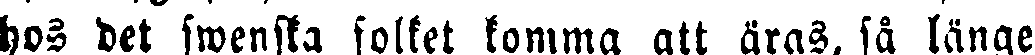
hos det swenska folket kommaa att äras, så länge